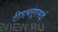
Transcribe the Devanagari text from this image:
टीडब्लूएसई